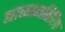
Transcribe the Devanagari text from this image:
ह्याच्याव्यतिरिक्त